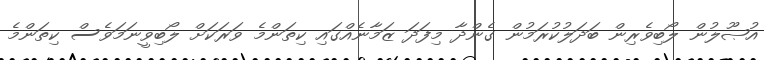
އުޞޫލުން ލޯބިވެރިން ބަދަލުކުރަމުން ގެންދާ މިފަދަ ޒަމާނެއްގައި ކިތަންމެ ވަރަކަށް ލޯބިވީނަމަވެސް ކިތަންމެ